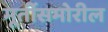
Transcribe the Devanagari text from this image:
मूर्तीसमोरील